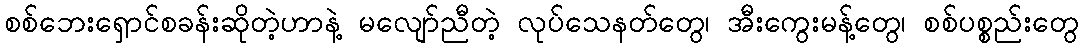
စစ်ဘေးရှောင်စခန်းဆိုတဲ့ဟာနဲ့ မလျော်ညီတဲ့ လုပ်သေနတ်တွေ၊ အီးကွေးမန့်တွေ၊ စစ်ပစ္စည်းတွေ